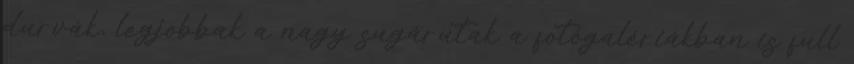
durvák, legjobbak a nagy sugárutak a fotógalériákban is full